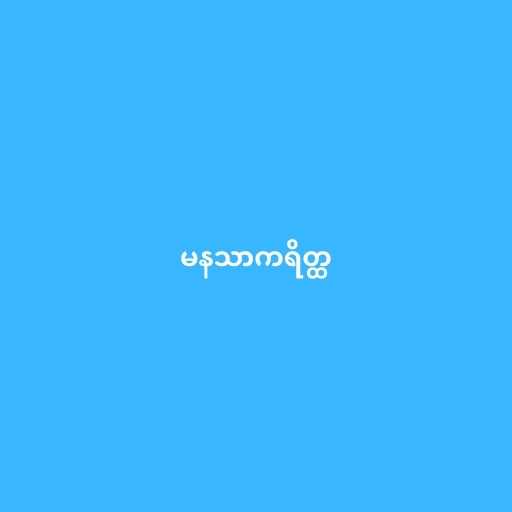
မနသာကရိတ္ထ